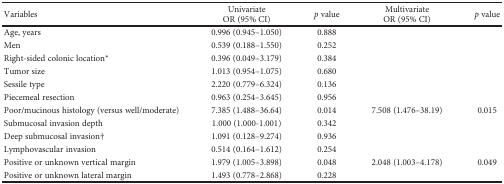
<table><thead><tr><td><b>Variables</b></td><td><b>UnivariateOR (95% CI)</b></td><td><b><i>p</i> value</b></td><td><b>MultivariateOR (95% CI)</b></td><td><b><i>p</i> value</b></td></tr></thead><tbody><tr><td>Age, years</td><td>0.996 (0.945–1.050)</td><td>0.888</td><td></td><td></td></tr><tr><td>Men</td><td>0.539 (0.188–1.550)</td><td>0.252</td><td></td><td></td></tr><tr><td>Right-sided colonic location<sup>∗</sup></td><td>0.396 (0.049–3.179)</td><td>0.384</td><td></td><td></td></tr><tr><td>Tumor size</td><td>1.013 (0.954–1.075)</td><td>0.680</td><td></td><td></td></tr><tr><td>Sessile type</td><td>2.220 (0.779–6.324)</td><td>0.136</td><td></td><td></td></tr><tr><td>Piecemeal resection</td><td>0.963 (0.254–3.645)</td><td>0.956</td><td></td><td></td></tr><tr><td>Poor/mucinous histology (versus well/moderate)</td><td>7.385 (1.488–36.64)</td><td>0.014</td><td>7.508 (1.476–38.19)</td><td>0.015</td></tr><tr><td>Submucosal invasion depth</td><td>1.000 (1.000-1.001)</td><td>0.342</td><td></td><td></td></tr><tr><td>Deep submucosal invasion†</td><td>1.091 (0.128–9.274)</td><td>0.936</td><td></td><td></td></tr><tr><td>Lymphovascular invasion</td><td>0.514 (0.164–1.612)</td><td>0.254</td><td></td><td></td></tr><tr><td>Positive or unknown vertical margin</td><td>1.979 (1.005–3.898)</td><td>0.048</td><td>2.048 (1.003–4.178)</td><td>0.049</td></tr><tr><td>Positive or unknown lateral margin</td><td>1.493 (0.778–2.868)</td><td>0.228</td><td></td><td></td></tr></tbody></table>